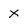
Character: X